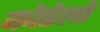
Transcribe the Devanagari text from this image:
कोरेलो